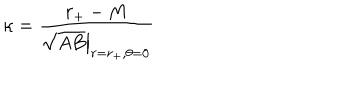
\kappa = { \frac { r _ { + } - M } { \left. \sqrt { A B } \right| _ { r = r _ { + } , \theta = 0 } } }